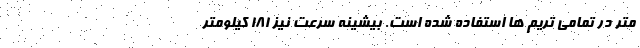
متر در تمامی تریم ها استفاده شده است. بیشینه سرعت نیز 181 کیلومتر